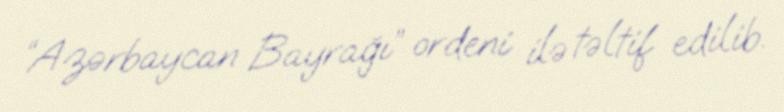
“Azərbaycan Bayrağı” ordeni ilə təltif edilib.